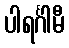
ပါရင်္ဂါမီ